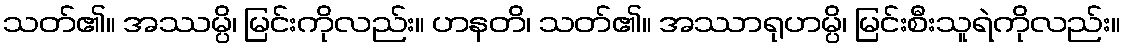
သတ်၏။ အဿမ္ပိ၊ မြင်းကိုလည်း။ ဟနတိ၊ သတ်၏။ အဿာရုဟမ္ပိ၊ မြင်းစီးသူရဲကိုလည်း။